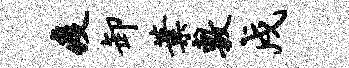
疫卸叶敷戍